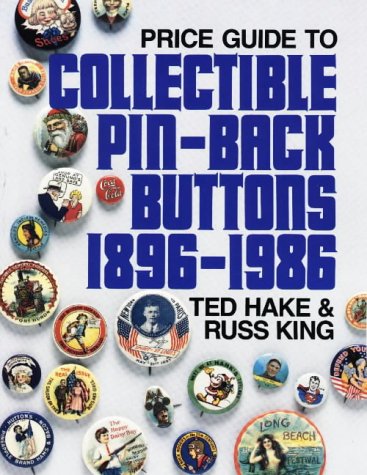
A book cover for Price Guide to Collectible Pin-Back Buttons, 1896-1986; T. Hake; Crafts, Hobbies & Home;